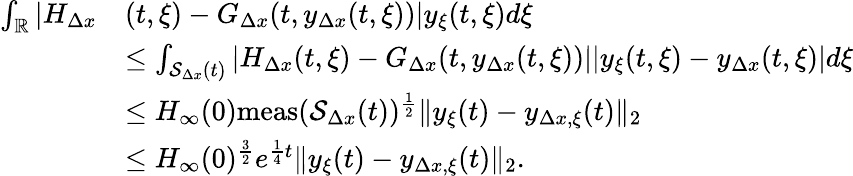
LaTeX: \begin{array}{rl}{\int_{\mathbb{R}}|H_{\Delta x}}&{(t,\xi)-G_{\Delta x}(t,y_{\Delta x}(t,\xi))|y_{\xi}(t,\xi)d\xi}\\ &{\leq\int_{\mathcal{S}_{\Delta x}(t)}|H_{\Delta x}(t,\xi)-G_{\Delta x}(t,y_{\Delta x}(t,\xi))||y_{\xi}(t,\xi)-y_{\Delta x}(t,\xi)|d\xi}\\ &{\leq H_{\infty}(0)\mathrm{meas}(\mathcal{S}_{\Delta x}(t))^{\frac{1}{2}}\| y_{\xi}(t)-y_{\Delta x,\xi}(t)\| _{2}}\\ &{\leq H_{\infty}(0)^{\frac{3}{2}}e^{\frac{1}{4}t}\| y_{\xi}(t)-y_{\Delta x,\xi}(t)\| _{2}.}\end{array}